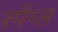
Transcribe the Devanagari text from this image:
स्पेंग्ल